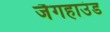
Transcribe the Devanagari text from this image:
जैगहाउंड